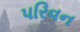
પરિવન